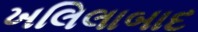
ખલિલાબાદ